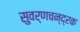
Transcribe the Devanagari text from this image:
सुवर्णचन्द्रक